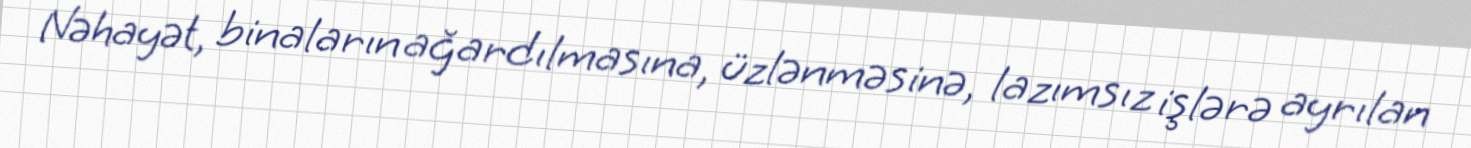
Nəhayət, binaların ağardılmasına, üzlənməsinə, lazımsız işlərə ayrılan